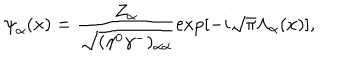
LaTeX: { \psi } _ { \alpha } ( x ) = \frac { Z _ { \alpha } } { \sqrt { ( { \gamma } ^ { 0 } { \gamma } ^ { - } ) _ { { \alpha } { \alpha } } } } \mathrm { e x p } [ - i \sqrt { \pi } { \Lambda } _ { \alpha } ( x ) ] ,